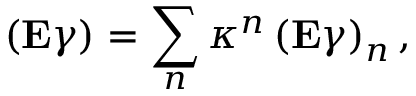
\left( \mathrm { \bf E } \gamma \right) = \sum _ { n } \kappa ^ { n } \left( \mathrm { \bf E } \gamma \right) _ { n } ,